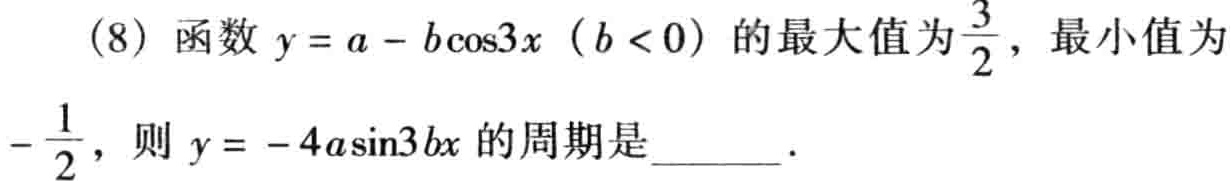
(8) 函数 \(y = a - b\cos3x\)（\(b < 0\)）的最大值为\(\frac{3}{2}\)，最小值为\(-\frac{1}{2}\)，则 \(y = - 4a\sin3bx\) 的周期是______．